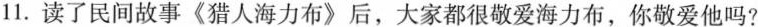
11.读了民间故事《猎人海力布》后，大家都很敬爱海力布，你敬爱他吗?